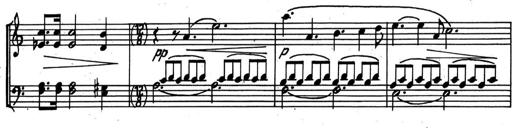
Title: Kleine Sonate
Composer: Raoul Koczalski
Key: C major